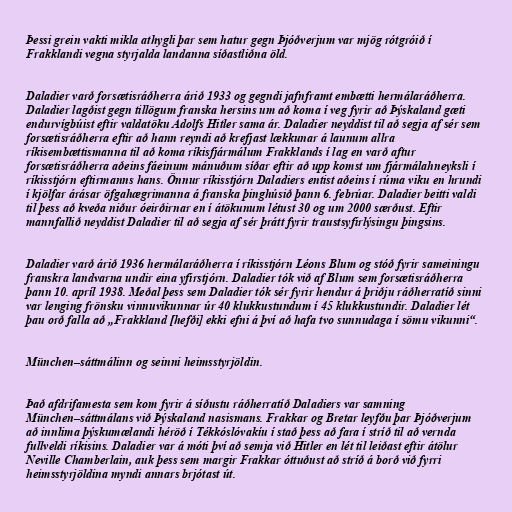
Þessi grein vakti mikla athygli þar sem hatur gegn Þjóðverjum var mjög rótgróið í
Frakklandi vegna styrjalda landanna síðastliðna öld.

Daladier varð forsætisráðherra árið 1933 og gegndi jafnframt embætti hermálaráðherra.
Daladier lagðist gegn tillögum franska hersins um að koma í veg fyrir að Þýskaland gæti
endurvígbúist eftir valdatöku Adolfs Hitler sama ár. Daladier neyddist til að segja af sér sem
forsætisráðherra eftir að hann reyndi að krefjast lækkunar á launum allra
ríkisembættismanna til að koma ríkisfjármálum Frakklands í lag en varð aftur
forsætisráðherra aðeins fáeinum mánuðum síðar eftir að upp komst um fjármálahneyksli í
ríkisstjórn eftirmanns hans. Önnur ríkisstjórn Daladiers entist aðeins í rúma viku en hrundi
í kjölfar árásar öfgahægrimanna á franska þinghúsið þann 6. febrúar. Daladier beitti valdi
til þess að kveða niður óeirðirnar en í átökunum létust 30 og um 2000 særðust. Eftir
mannfallið neyddist Daladier til að segja af sér þrátt fyrir traustsyfirlýsingu þingsins.

Daladier varð árið 1936 hermálaráðherra í ríkisstjórn Léons Blum og stóð fyrir sameiningu
franskra landvarna undir eina yfirstjórn. Daladier tók við af Blum sem forsætisráðherra
þann 10. apríl 1938. Meðal þess sem Daladier tók sér fyrir hendur á þriðju ráðherratíð sinni
var lenging frönsku vinnuvikunnar úr 40 klukkustundum í 45 klukkustundir. Daladier lét
þau orð falla að „Frakkland [hefði] ekki efni á því að hafa tvo sunnudaga í sömu vikunni“.

München–sáttmálinn og seinni heimsstyrjöldin.

Það afdrifamesta sem kom fyrir á síðustu ráðherratíð Daladiers var samning
München–sáttmálans við Þýskaland nasismans. Frakkar og Bretar leyfðu þar Þjóðverjum
að innlima þýskumælandi héröð í Tékkóslóvakíu í stað þess að fara í stríð til að vernda
fullveldi ríkisins. Daladier var á móti því að semja við Hitler en lét til leiðast eftir átölur
Neville Chamberlain, auk þess sem margir Frakkar óttuðust að stríð á borð við fyrri
heimsstyrjöldina myndi annars brjótast út.